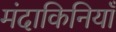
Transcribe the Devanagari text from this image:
मंदाकिनियाँ